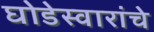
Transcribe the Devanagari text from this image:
घोडेस्वारांचे